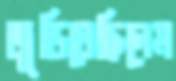
জুড়িয়েছিলেম